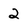
Character: 2